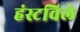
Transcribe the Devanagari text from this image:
हंस्टविले